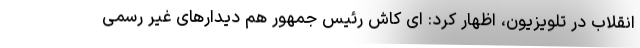
انقلاب در تلویزیون، اظهار کرد: ای کاش رئیس جمهور هم دیدارهای غیر رسمی